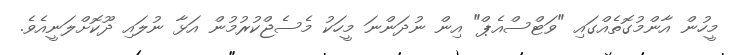
މީހުން އާންމުގޮތެއްގައި "ވަޓްސްއެޕް" އިން ނުދަންނަ މީހަކު މެސެޖްކުރުމުން އަޅާ ނުލައި ދޫކޮށްލަނީއެވެ.